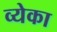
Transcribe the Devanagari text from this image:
व्येका